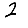
Digit: 2